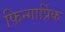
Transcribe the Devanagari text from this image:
फिन्गार्प्रिक